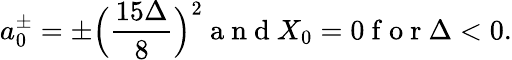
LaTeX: a_{0}^{\pm}=\pm\Big(\frac{15\Delta}{8}\Big)^{2}\mathrm{~a~n~d~}X_{0}=0\mathrm{~f~o~r~}\Delta<0.